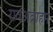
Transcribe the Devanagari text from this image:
रावअब्राहम